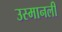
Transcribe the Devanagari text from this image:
उस्मानली